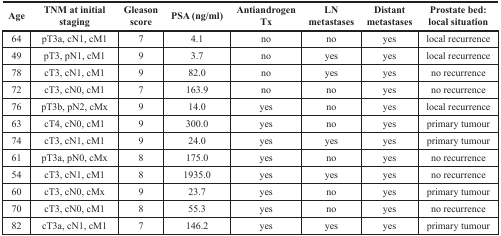
<table><thead><tr><td><b>Age</b></td><td><b>TNM at initial staging</b></td><td><b>Gleason score</b></td><td><b>PSA (ng/ml)</b></td><td><b>Antiandrogen Tx</b></td><td><b>LN metastases</b></td><td><b>Distant metastases</b></td><td><b>Prostate bed: local situation</b></td></tr></thead><tbody><tr><td>64</td><td>pT3a, cN1, cM1</td><td>7</td><td>4.1</td><td>no</td><td>no</td><td>yes</td><td>local recurrence</td></tr><tr><td>49</td><td>pT3, pN1, cM1</td><td>9</td><td>3.7</td><td>no</td><td>yes</td><td>yes</td><td>local recurrence</td></tr><tr><td>78</td><td>cT3, cN1, cM1</td><td>9</td><td>82.0</td><td>no</td><td>yes</td><td>yes</td><td>no recurrence</td></tr><tr><td>72</td><td>cT3, cN0, cM1</td><td>7</td><td>163.9</td><td>no</td><td>no</td><td>yes</td><td>no recurrence</td></tr><tr><td>76</td><td>pT3b, pN2, cMx</td><td>9</td><td>14.0</td><td>yes</td><td>no</td><td>yes</td><td>local recurrence</td></tr><tr><td>63</td><td>cT4, cN0, cM1</td><td>9</td><td>300.0</td><td>yes</td><td>no</td><td>yes</td><td>primary tumour</td></tr><tr><td>74</td><td>cT3, cN1, cM1</td><td>9</td><td>24.0</td><td>yes</td><td>yes</td><td>yes</td><td>primary tumour</td></tr><tr><td>61</td><td>pT3a, pN0, cMx</td><td>8</td><td>175.0</td><td>yes</td><td>no</td><td>yes</td><td>no recurrence</td></tr><tr><td>54</td><td>cT3, cN1, cM1</td><td>8</td><td>1935.0</td><td>yes</td><td>yes</td><td>yes</td><td>no recurrence</td></tr><tr><td>60</td><td>cT3, cN0, cMx</td><td>9</td><td>23.7</td><td>yes</td><td>no</td><td>yes</td><td>primary tumour</td></tr><tr><td>70</td><td>cT3, cN0, cM1</td><td>8</td><td>55.3</td><td>yes</td><td>no</td><td>yes</td><td>no recurrence</td></tr><tr><td>82</td><td>cT3a, cN1, cM1</td><td>7</td><td>146.2</td><td>yes</td><td>yes</td><td>yes</td><td>primary tumour</td></tr></tbody></table>